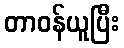
တာဝန်ယူပြီး